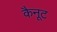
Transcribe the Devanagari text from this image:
कैनूट